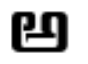
అ